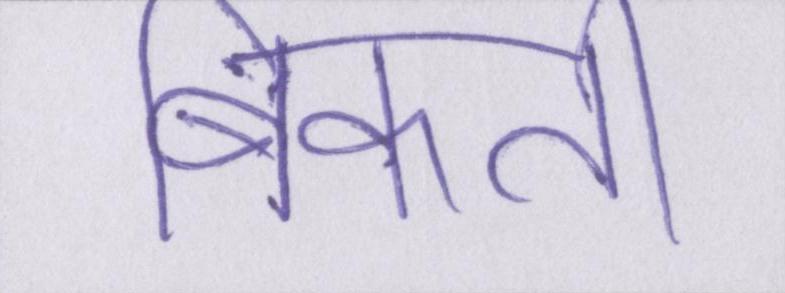
बिकती